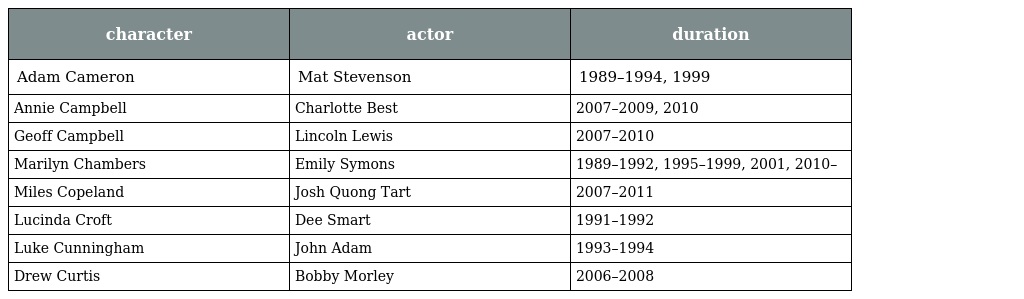
| character | actor | duration |
 | --- | --- | --- |
 | Adam Cameron | Mat Stevenson | 1989–1994, 1999 |
 | Annie Campbell | Charlotte Best | 2007–2009, 2010 |
 | Geoff Campbell | Lincoln Lewis | 2007–2010 |
 | Marilyn Chambers | Emily Symons | 1989–1992, 1995–1999, 2001, 2010– |
 | Miles Copeland | Josh Quong Tart | 2007–2011 |
 | Lucinda Croft | Dee Smart | 1991–1992 |
 | Luke Cunningham | John Adam | 1993–1994 |
 | Drew Curtis | Bobby Morley | 2006–2008 |